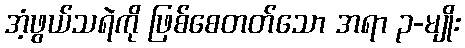
အံ့ဖွယ်သရဲကို ဖြစ်စေတတ်သော အရာ ၃-မျိုး